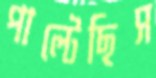
পাল্টেছিস